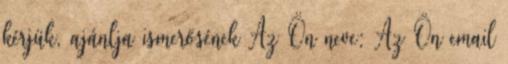
kérjük, ajánlja ismerősének Az Ön neve: Az Ön email